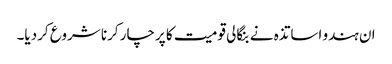
ان ہندو اساتذہ نے بنگالی قومیت کا پرچار کرنا شروع کردیا۔